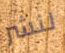
لنشر